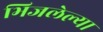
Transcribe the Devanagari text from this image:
भिजलेल्या